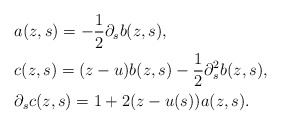
\begin{align*}&a(z,s) = -\frac{1}{2} \partial_s b(z,s),\\&c(z,s) = (z-u) b(z,s) - \frac{1}{2} \partial_s^2 b(z,s),\\&\partial_s c(z,s) = 1 + 2(z-u(s))a(z,s).\end{align*}